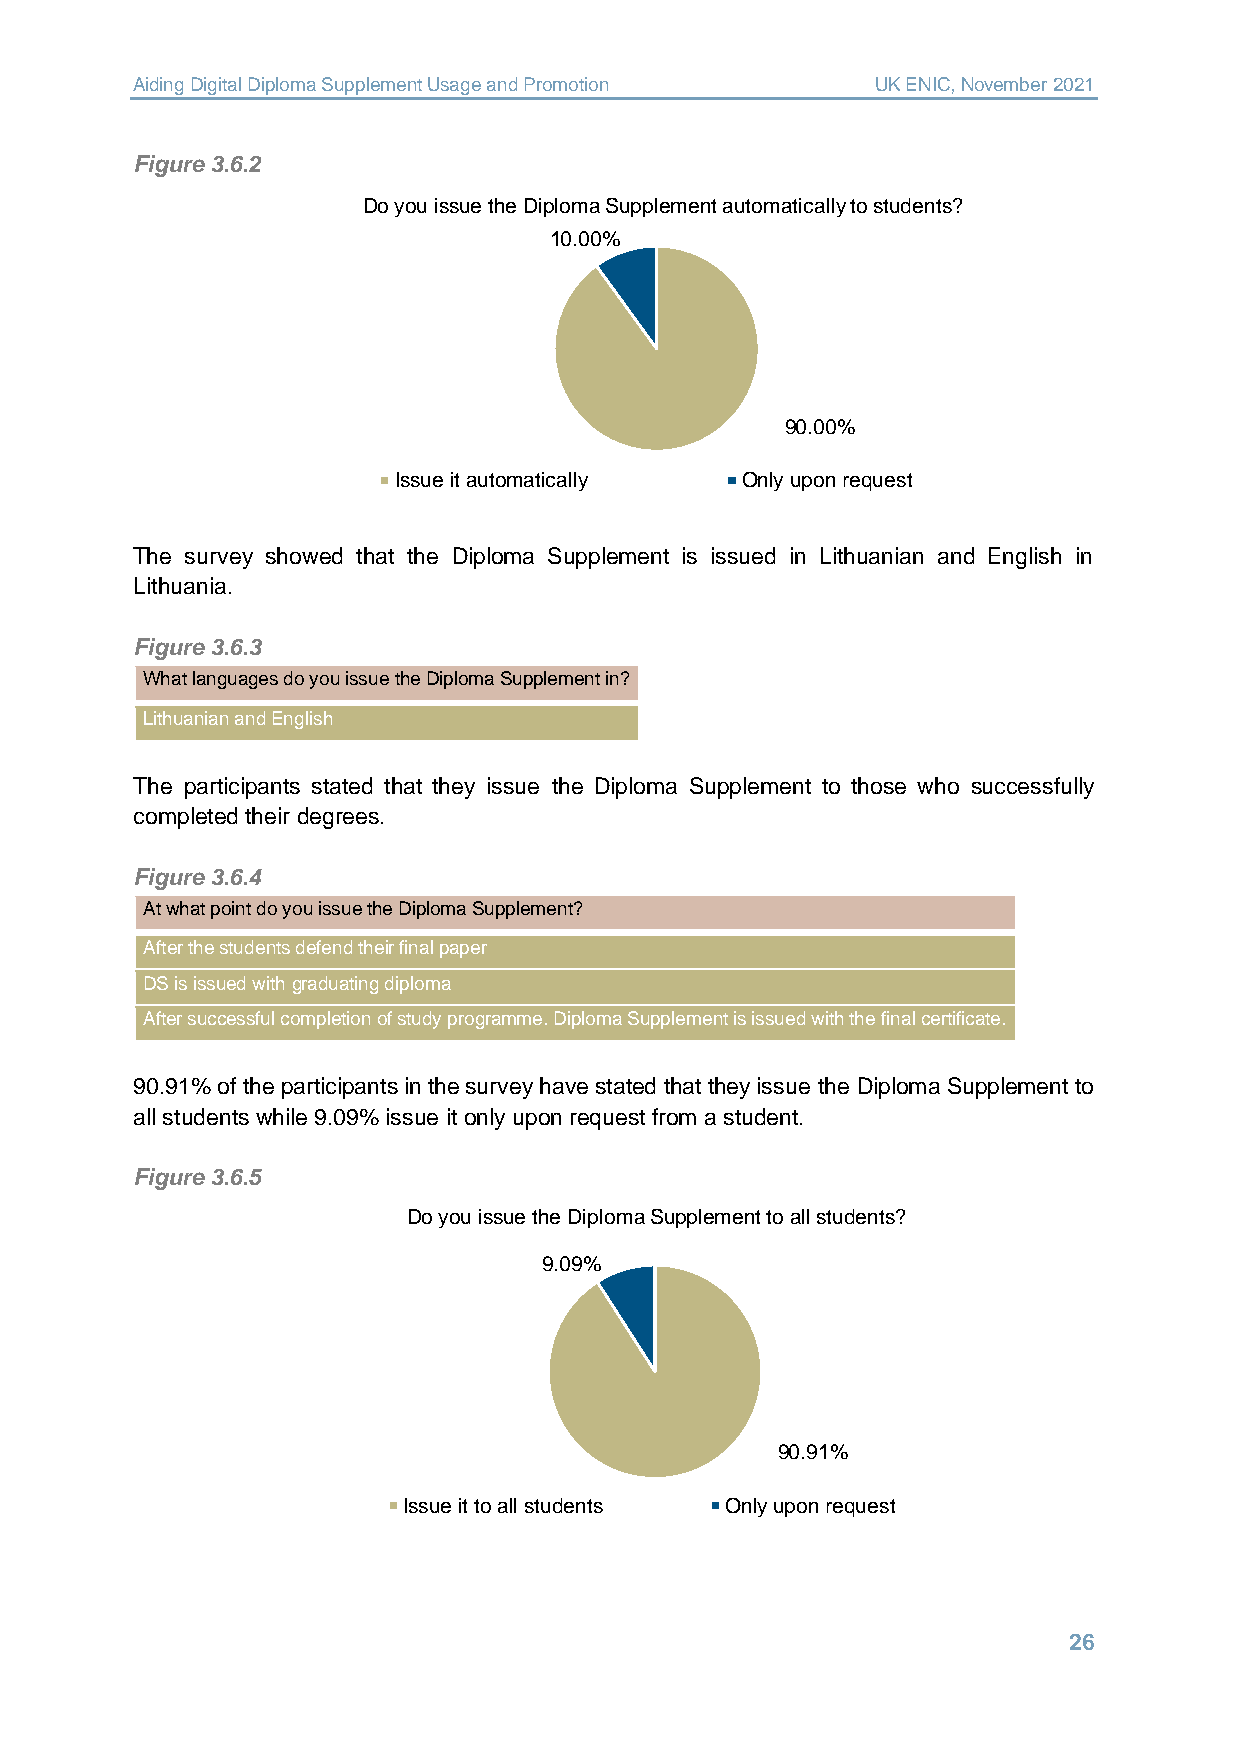
Aiding Digital Diploma Supplement Usage and Promotion UK ENIC, November 2021
 Figure 3.6.2
 Do you issue the Diploma Supplement automatically to students?
 10.00%
 90.00%
 Issue it automatically Only upon request
 The survey showed that the Diploma Supplement is issued in Lithuanian and English in
 Lithuania.
 Figure 3.6.3
 What languages do you issue the Diploma Supplement in?
 Lithuanian and English
 The participants stated that they issue the Diploma Supplement to those who successfully
 completed their degrees.
 Figure 3.6.4
 At what point do you issue the Diploma Supplement?
 After the students defend their final paper
 DS is issued with graduating diploma
 After successful completion of study programme. Diploma Supplement is issued with the final certificate.
 90.91% of the participants in the survey have stated that they issue the Diploma Supplement to
 all students while 9.09% issue it only upon request from a student.
 Figure 3.6.5
 Do you issue the Diploma Supplement to all students?
 9.09%
 90.91%
 Issue it to all students Only upon request
 26